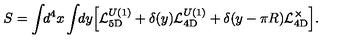
S = \int \! \! d ^ { 4 } x \int \! \! d y \Bigl [ { \cal L } _ { \mathrm { 5 D } } ^ { U ( 1 ) } + \delta ( y ) { \cal L } _ { \mathrm { 4 D } } ^ { U ( 1 ) } + \delta ( y - \pi R ) { \cal L } _ { \mathrm { 4 D } } ^ { \times } \Bigr ] .